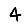
Digit: 4